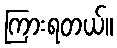
ကြားရတယ်။